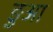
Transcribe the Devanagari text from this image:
ङुआ